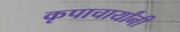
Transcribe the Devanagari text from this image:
कृपाचार्यांनी